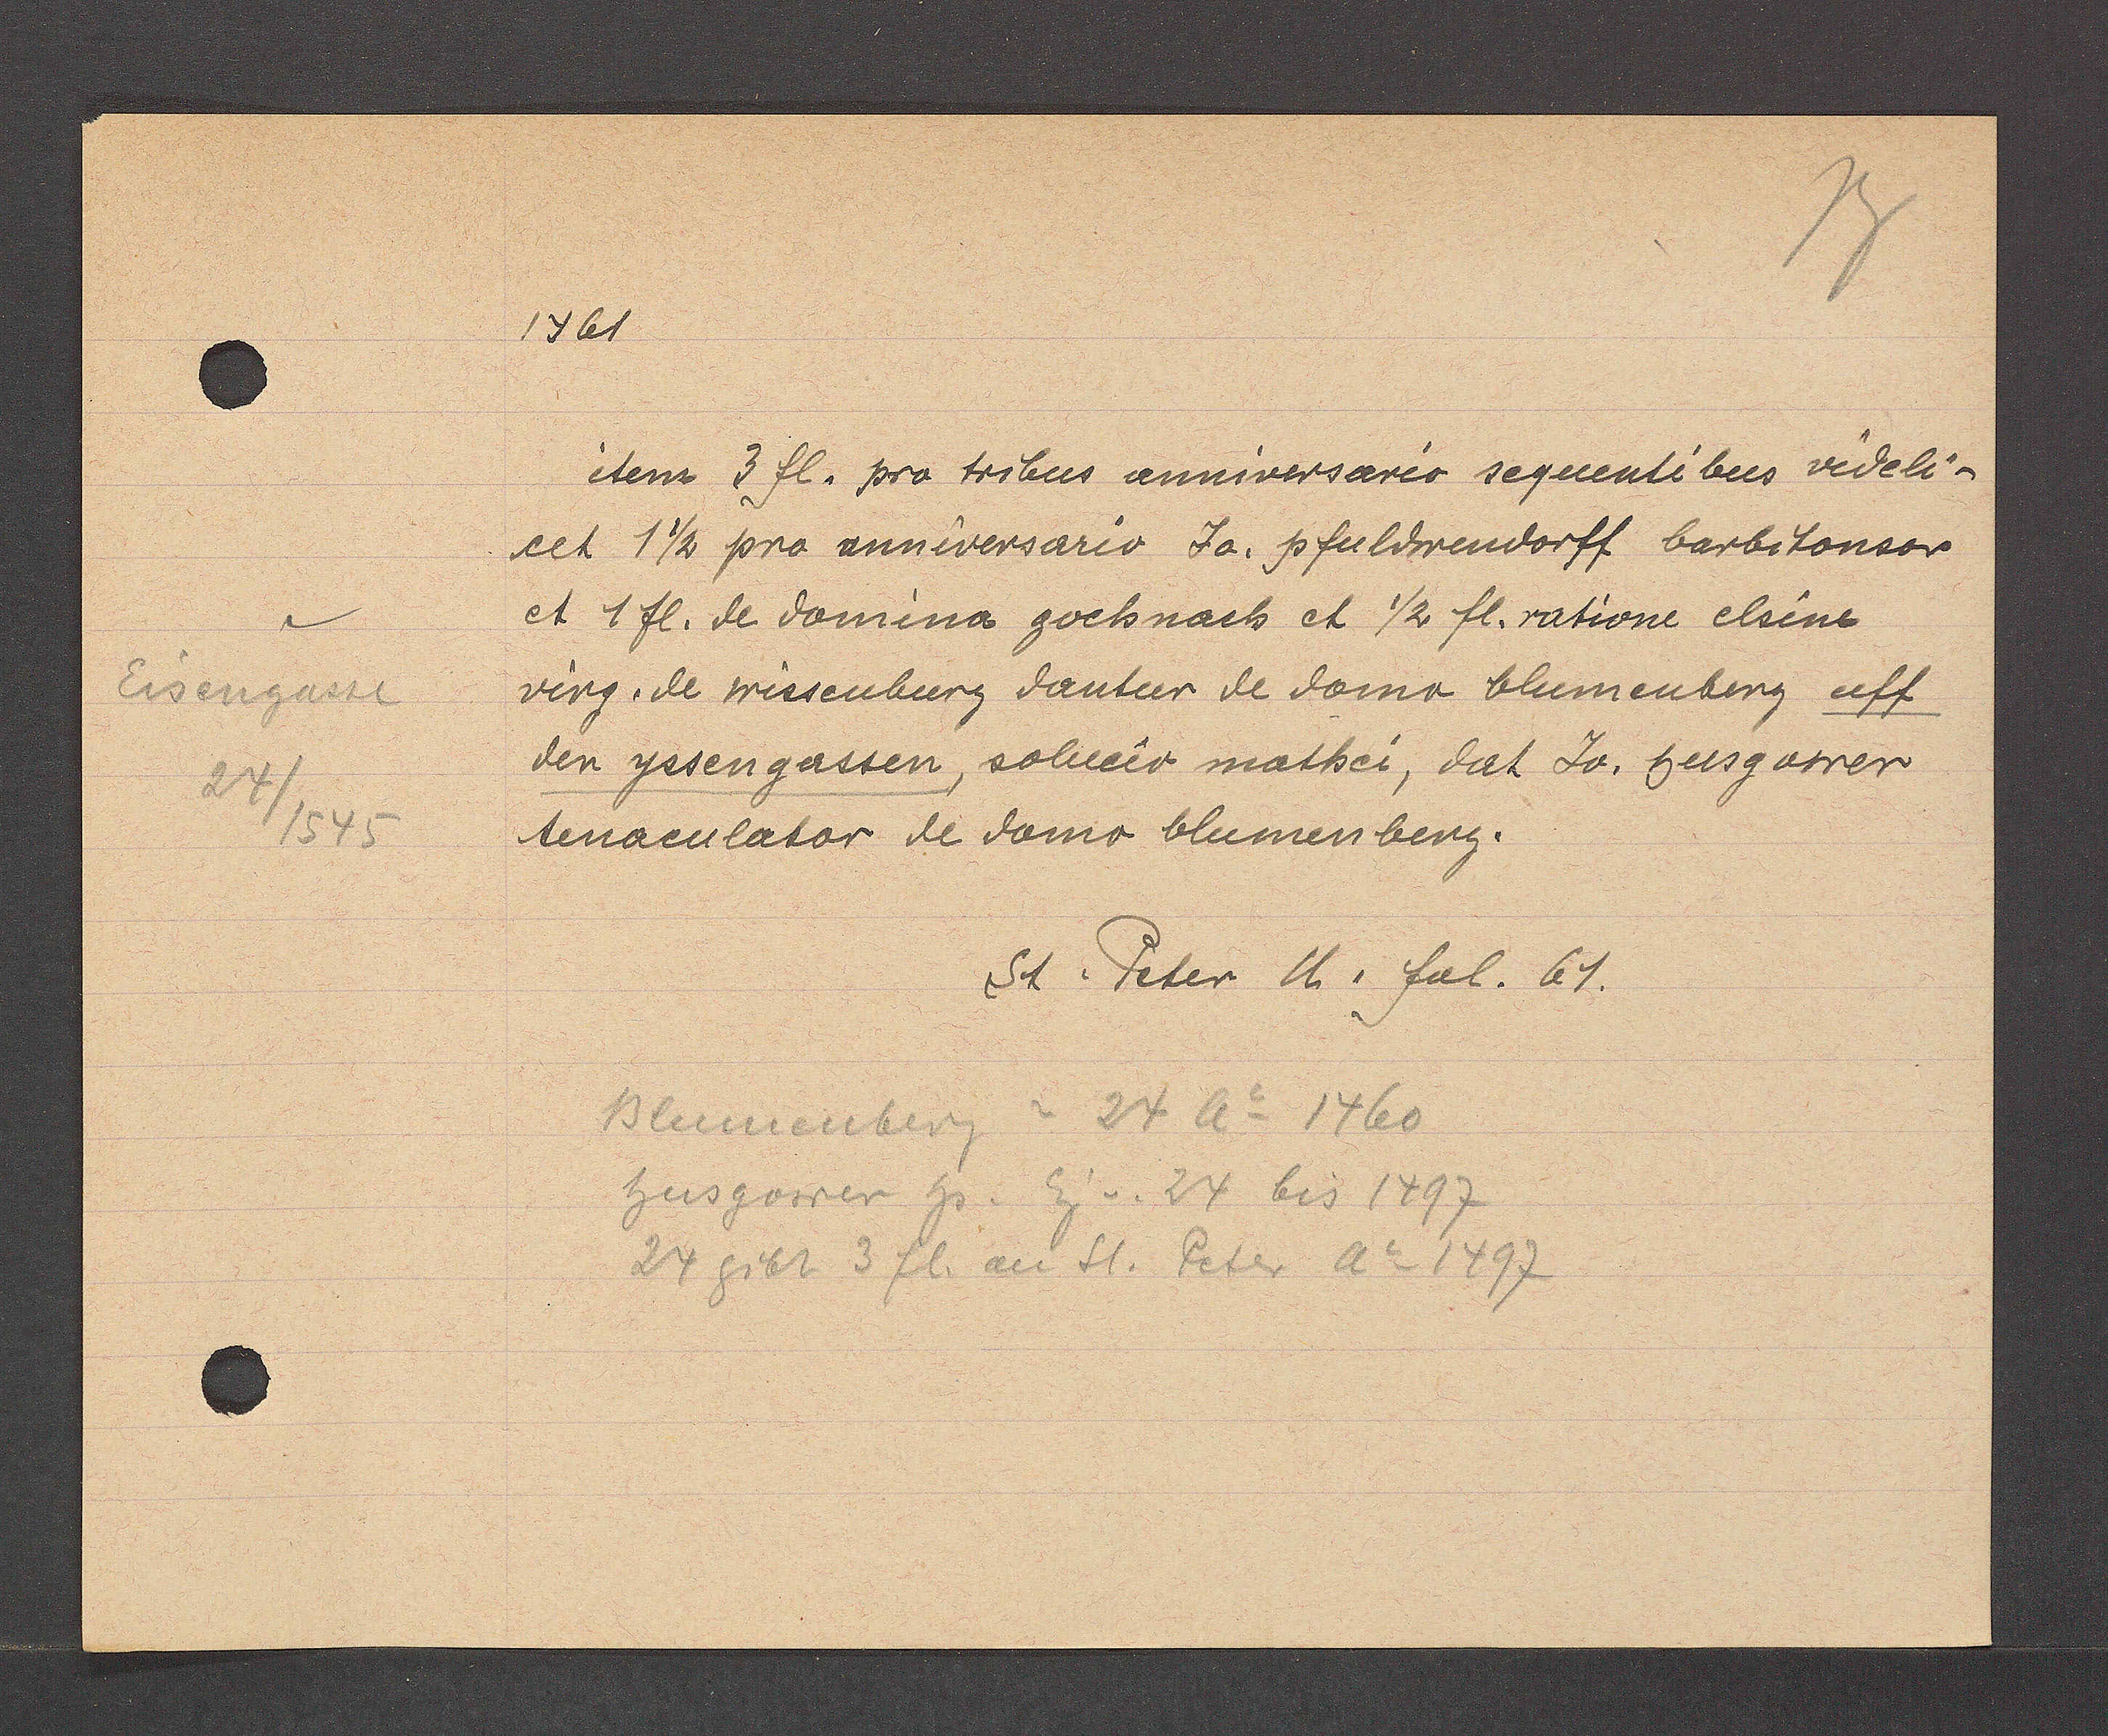
Transcript:
Eisengasse
24/1545

1461
item 3 fl. pro tribus anniversario sequentibus videli¬
cet 1½ pro anniversario Ja. pfuldwendorff barbitonsor
et 1 fl. de domina gochnach et ½ fl. ratione elsine
virg. de wissenburg dantur de domo blumenberg uff
den yssengassen, solucir mathei, dat Jo. husgower
tenaculator de domo blumenberg.
St. Peter U. fol. 61.
Blumenberg= 24 Ao 1460
husgower hs. Eg v. 24 bis 1497
24 gibt 3 fl. an St. Peter Ao 1497